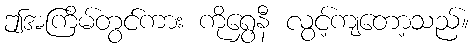
ဤအကြိမ်တွင်ကား ကိုရွှေနီ လွင့်ကျတော့သည်။